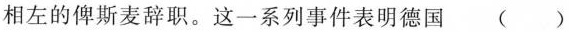
相左的俾斯麦辞职。这一系列事件表明德国 ()